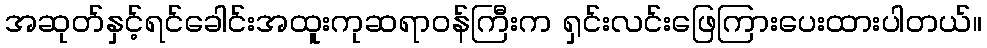
အဆုတ်နှင့်ရင်ခေါင်းအထူးကုဆရာဝန်ကြီးက ရှင်းလင်းဖြေကြားပေးထားပါတယ်။